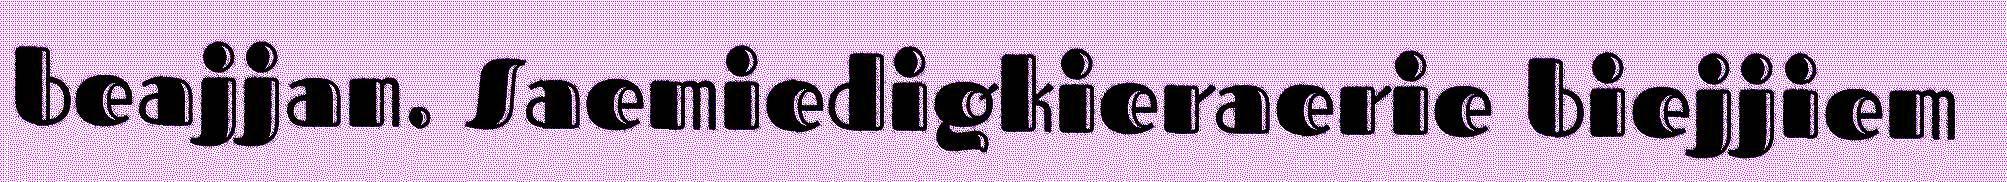
beajjan. Saemiedigkieraerie biejjiem